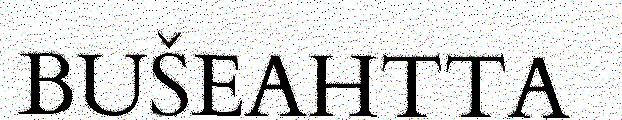
BUŠEAHTTA